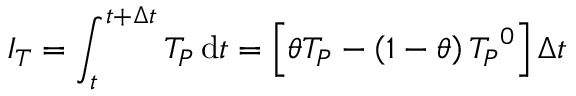
I _ { T } = \int _ { t } ^ { t + \Delta t } T _ { P } \, \mathrm { d } t = \left[ \theta T _ { P } - \left( 1 - \theta \right) { T _ { P } } ^ { 0 } \right] \Delta t